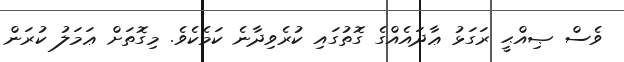
ވެސް ޞިއްޙީ ރަގަޅު ޢާދައެއްގެ ގޮތުގައި ކުރެވިދާނެ ކަމެކެވެ. މިގޮތަށް ޢަމަލު ކުރަން